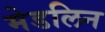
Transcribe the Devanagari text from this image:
मेडलिन